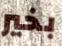
بخير